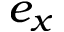
e _ { x }